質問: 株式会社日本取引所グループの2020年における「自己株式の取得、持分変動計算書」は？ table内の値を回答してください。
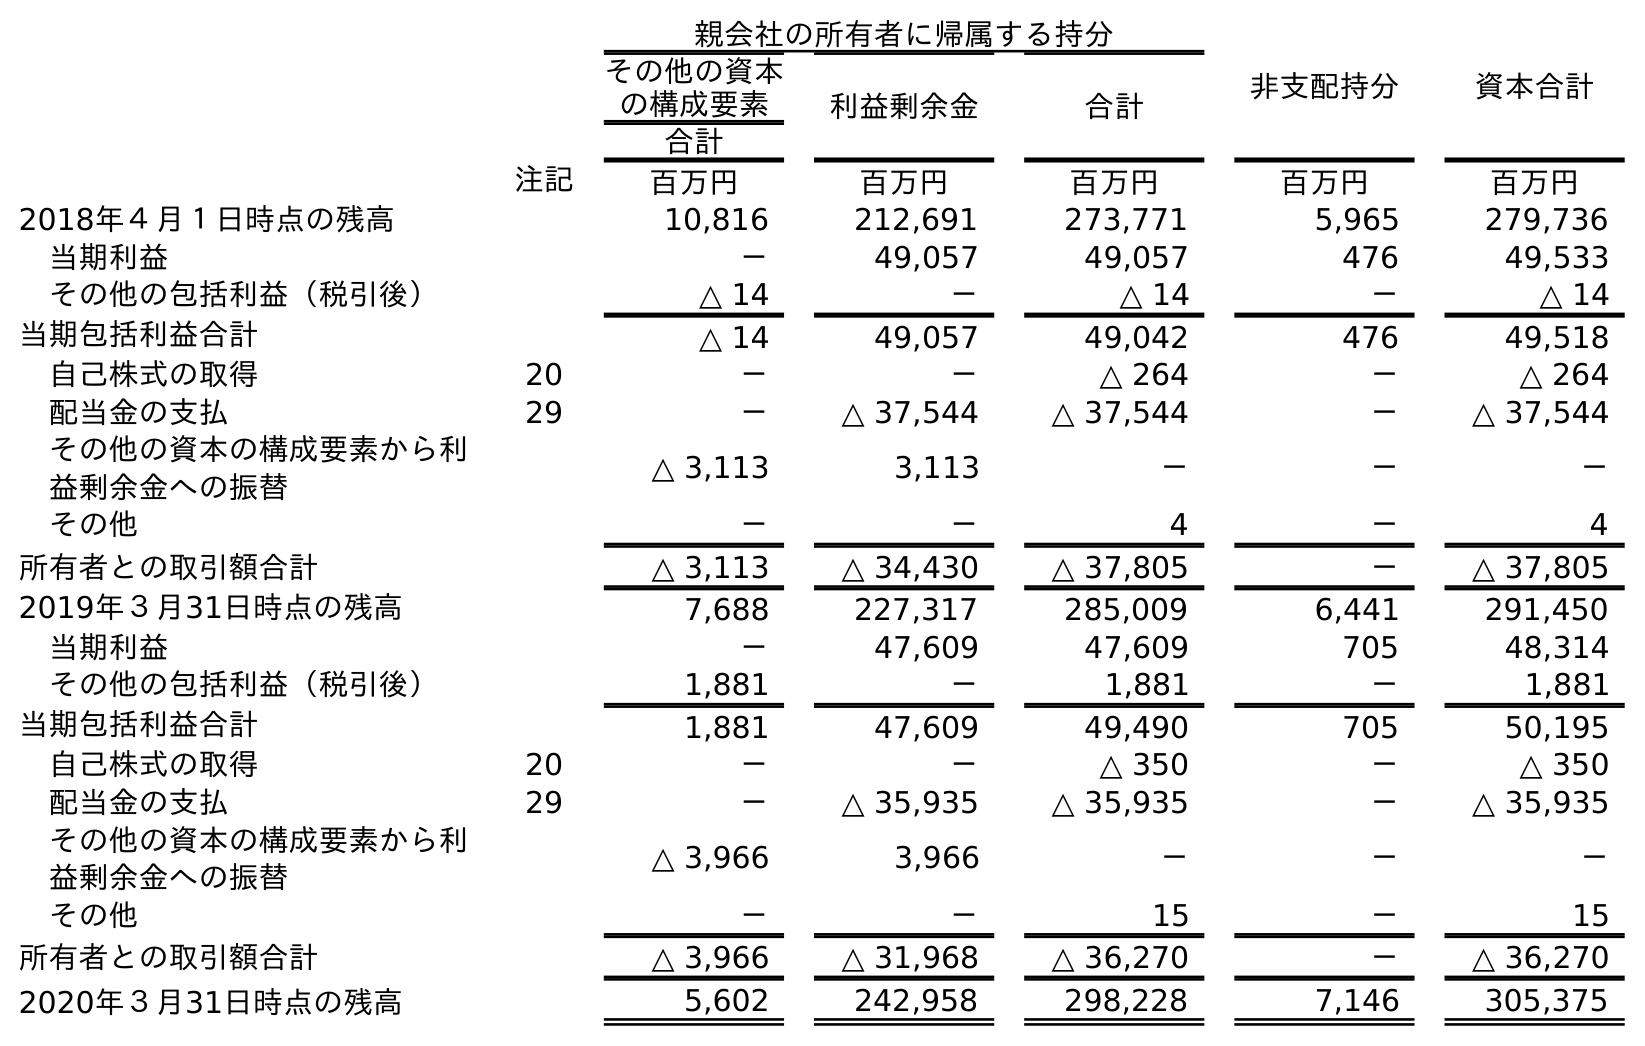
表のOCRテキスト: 親会社の所有者に帰属する持分 非支配持分 資本合計 その他の資本 の構成要素 利益剰余金 合計 合計 注記 百万円 百万円 百万円 百万円 百万円 2018年４月１日時点の残高 10,816 212,691 273,771 5,965 279,736 当期利益 － 49,057 49,057 476 49,533 その他の包括利益（税引後） △ 14 － △ 14 － △ 14 当期包括利益合計 △ 14 49,057 49,042 476 49,518 自己株式の取得 20 － － △ 264 － △ 264 配当金の支払 29 － △ 37,544 △ 37,544 － △ 37,544 その他の資本の構成要素から利 益剰余金への振替 △ 3,113 3,113 － － － その他 － － 4 － 4 所有者との取引額合計 △ 3,113 △ 34,430 △ 37,805 － △ 37,805 2019年３月31日時点の残高 7,688 227,317 285,009 6,441 291,450 当期利益 － 47,609 47,609 705 48,314 その他の包括利益（税引後） 1,881 － 1,881 － 1,881 当期包括利益合計 1,881 47,609 49,490 705 50,195 自己株式の取得 20 － － △ 350 － △ 350 配当金の支払 29 － △ 35,935 △ 35,935 － △ 35,935 その他の資本の構成要素から利 益剰余金への振替 △ 3,966 3,966 － － － その他 － － 15 － 15 所有者との取引額合計 △ 3,966 △ 31,968 △ 36,270 － △ 36,270 2020年３月31日時点の残高 5,602 242,958 298,228 7,146 305,375
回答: △350